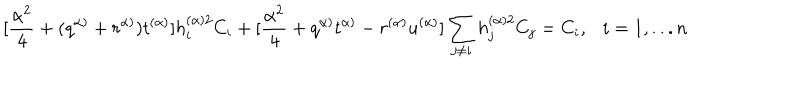
[ \frac { \alpha ^ { 2 } } { 4 } + ( q ^ { \alpha ) } + r ^ { \alpha ) } ) t ^ { ( \alpha ) } ] h _ { i } ^ { ( \alpha ) 2 } C _ { i } + [ \frac { \alpha ^ { 2 } } { 4 } + q ^ { \alpha ) } t ^ { \alpha ) } - r ^ { ( \alpha ) } u ^ { ( \alpha ) } ] \sum _ { j \neq i } h _ { j } ^ { ( \alpha ) 2 } C _ { j } = C _ { i } , i = 1 , . . . n